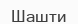
Шашти